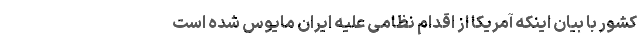
کشور با بیان اینکه آمریکا از اقدام نظامی علیه ایران مایوس شده است